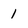
Character: 1